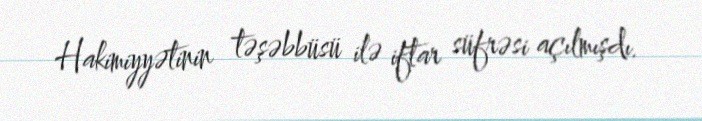
Hakimiyyətinin təşəbbüsü ilə iftar süfrəsi açılmışdı.